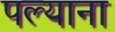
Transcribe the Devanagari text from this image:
पल्याना